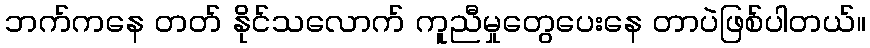
ဘက်ကနေ တတ် နိုင်သလောက် ကူညီမှုတွေပေးနေ တာပဲဖြစ်ပါတယ်။